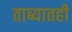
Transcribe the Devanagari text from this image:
ताब्यातही